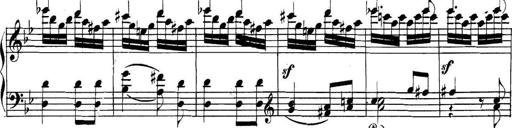
Title: Collected Piano Sonatas
Composer: Muzio Clementi